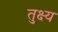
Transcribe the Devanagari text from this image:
तुक्ष्य